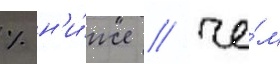
% н'и́же / че́м